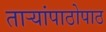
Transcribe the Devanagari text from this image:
ताऱ्यांपाठोपाठ